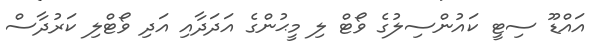
އައްޑޫ ސިޓީ ކައުންސިލުގެ ވޯޓް ލި މީޙުންގެ އަދަދާއި އަދި ވޯޓްލި ކަރުދާސް